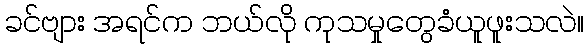
ခင်ဗျား အရင်က ဘယ်လို ကုသမှုတွေခံယူဖူးသလဲ။